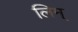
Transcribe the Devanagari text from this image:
लिम्‌